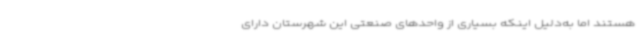
هستند اما به‌دلیل اینکه بسیاری از واحدهای صنعتی این شهرستان دارای